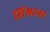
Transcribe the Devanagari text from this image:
सिंगाना